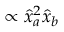
\propto \hat { x } _ { a } ^ { 2 } \hat { x } _ { b }